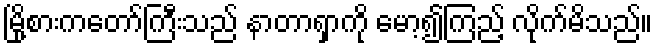
မြို့စားကတော်ကြီးသည် နာတာရှာကို မော့၍ကြည့် လိုက်မိသည်။